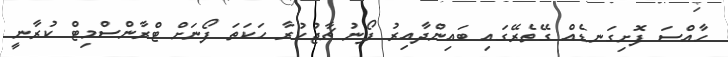
ހާއްސަ ފޮށިގަނޑެއް ގޭތެރޭގައި ބައިންދާއިރު ފޯނު ޗާޖުކުރާ ހަކަތަ ފޯނަށް ޓްރާންސްމިޓް ކުރާނީ